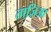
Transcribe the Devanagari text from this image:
ताज़िआ